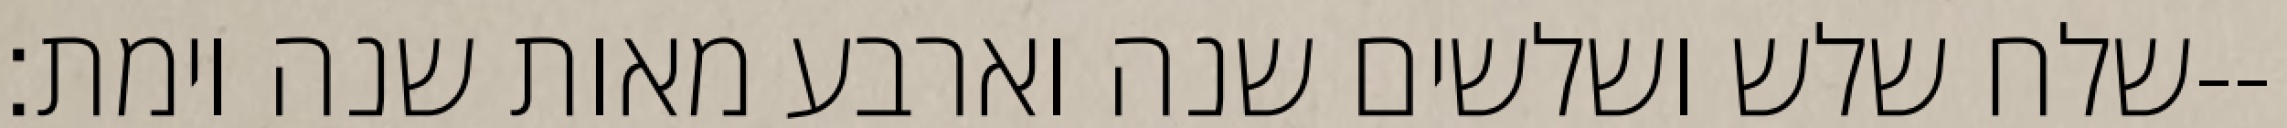
שלח שלש ושלשים שנה וארבע מאות שנה וימת׃--